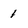
Character: 1